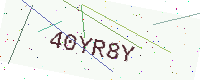
Text: 40YR8Y